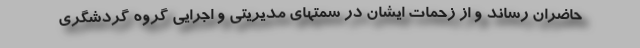
حاضران رساند و از زحمات ایشان در سمتهای مدیریتی و اجرایی گروه گردشگری